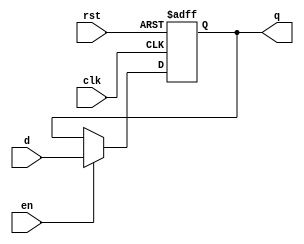
module output_register (
    input wire clk,       // Clock input
    input wire rst,       // Asynchronous reset input
    input wire en,        // Enable signal
    input wire [N-1:0] d, // Data input (N-bit wide)
    output reg [N-1:0] q  // Output (N-bit wide)
);
    parameter N = 8; // Define the width of the register (can be changed as needed)

    // Asynchronous reset and synchronous data capture
    always @(posedge clk or posedge rst) begin
        if (rst) begin
            q <= {N{1'b0}}; // Clear register to 0 on reset
        end else if (en) begin
            q <= d; // Capture data on clock edge if enabled
        end
        // If not enabled, retain previous value of q
    end

endmodule